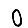
Digit: 0